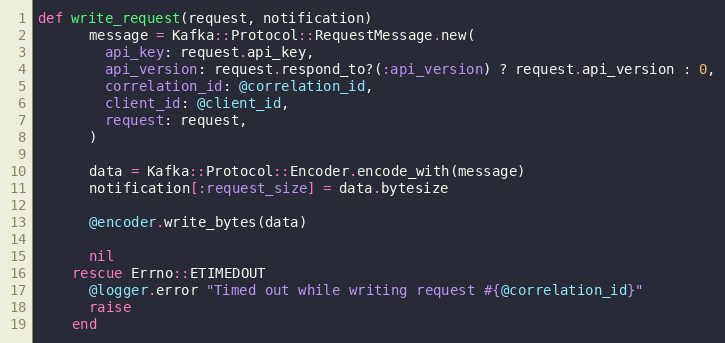
Language: Ruby
def write_request(request, notification)
      message = Kafka::Protocol::RequestMessage.new(
        api_key: request.api_key,
        api_version: request.respond_to?(:api_version) ? request.api_version : 0,
        correlation_id: @correlation_id,
        client_id: @client_id,
        request: request,
      )

      data = Kafka::Protocol::Encoder.encode_with(message)
      notification[:request_size] = data.bytesize

      @encoder.write_bytes(data)

      nil
    rescue Errno::ETIMEDOUT
      @logger.error "Timed out while writing request #{@correlation_id}"
      raise
    end